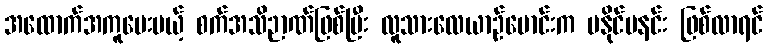
အထောက်အကူပေးမယ့် စက်အသိဉာဏ်ဖြစ်ပြီး လူသားလေယာဉ်မောင်းက မနိုင်မနင်း ဖြစ်လာရင်